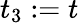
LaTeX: t_{3}:=t